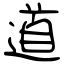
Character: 道